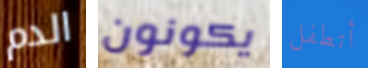
الدم يكونون أتطفل